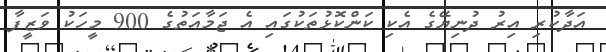
އަދާކުރި އިރު ދުނިޔޭގެ އެކި ކަންކޮޅުތަކުގައި އެ ޖަމާއަތުގެ 900 މީހަކު ވަޒީފާ